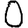
Digit: 0